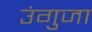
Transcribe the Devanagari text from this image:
उंगुजा